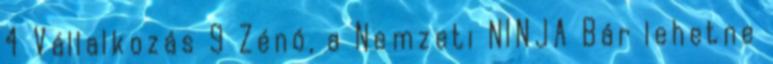
4 Vállalkozás 9 Zénó, a Nemzeti NINJA Bár lehetne